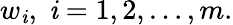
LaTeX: w_{\mathit{i}},\; \mathit{i}=1,2,\ldots,m.